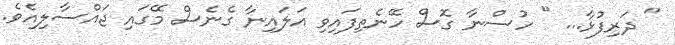
" ދަރިފުޅާ... " ހުސްނާ ގޮސް ހޭނެތިފައިވި އަލައިނާ ގެނެސް މޭގައި ޖައްސާލިއެވެ.